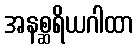
အနစ္ဆရိယဂါထာ